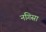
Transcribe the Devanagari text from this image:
नगिसा